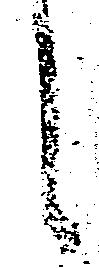
々